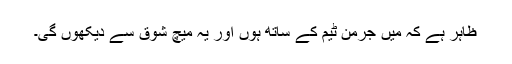
ظاہر ہے کہ میں جرمن ٹیم کے ساتھ ہوں اور یہ میچ شوق سے دیکھوں گی۔